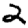
Digit: 2